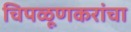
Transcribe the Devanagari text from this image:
चिपळूणकरांचा